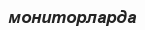
мониторларда